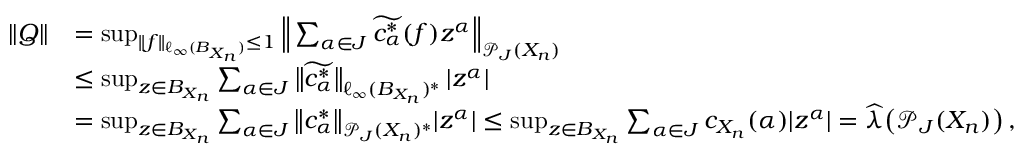
\begin{array} { r l } { \| Q \| } & { = \operatorname* { s u p } _ { \| f \| _ { \ell _ { \infty } ( B _ { X _ { n } } ) } \leq 1 } \Big \| \sum _ { \alpha \in J } \widetilde { c _ { \alpha } ^ { \ast } } ( f ) z ^ { \alpha } \Big \| _ { \mathcal { P } _ { J } ( X _ { n } ) } } \\ & { \leq \operatorname* { s u p } _ { z \in B _ { X _ { n } } } \sum _ { \alpha \in J } \big \| \widetilde { c _ { \alpha } ^ { \ast } } \big \| _ { \ell _ { \infty } ( B _ { X _ { n } } ) ^ { * } } \, | z ^ { \alpha } | } \\ & { = \operatorname* { s u p } _ { z \in B _ { X _ { n } } } \sum _ { \alpha \in J } \big \| c _ { \alpha } ^ { \ast } \big \| _ { \mathcal P _ { J } ( X _ { n } ) ^ { \ast } } | z ^ { \alpha } | \leq \operatorname* { s u p } _ { z \in B _ { X _ { n } } } \sum _ { \alpha \in J } c _ { X _ { n } } ( \alpha ) | z ^ { \alpha } | = \widehat { \boldsymbol { \lambda } } \big ( \mathcal { P } _ { J } ( X _ { n } ) \big ) \, , } \end{array}